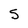
Character: S